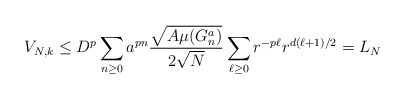
\begin{align*}V_{N,k} \leq D^p\sum_{n\geq 0}a^{pn} \frac{\sqrt {A\mu(G_n^a)}}{2\sqrt{N}} \sum_{\ell\geq0}r^{-p\ell}r^{d(\ell+1)/2}=L_{N}\end{align*}